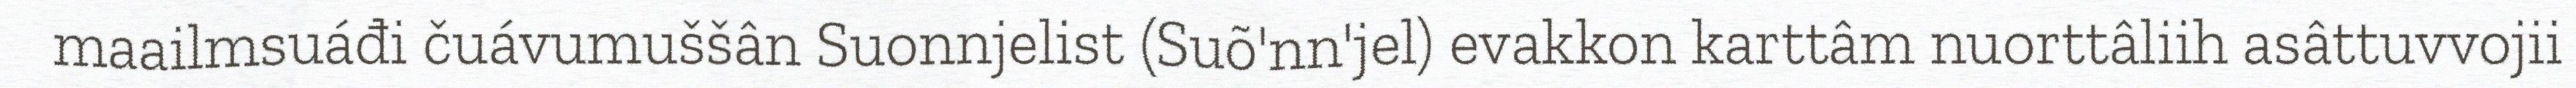
maailmsuáđi čuávumuššân Suonnjelist (Suõ'nn'jel) evakkon karttâm nuorttâliih asâttuvvojii